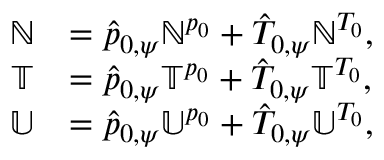
\begin{array} { r l } { \mathbb { N } } & { = \hat { p } _ { 0 , \psi } \mathbb { N } ^ { p _ { 0 } } + \hat { T } _ { 0 , \psi } \mathbb { N } ^ { T _ { 0 } } , } \\ { \mathbb { T } } & { = \hat { p } _ { 0 , \psi } \mathbb { T } ^ { p _ { 0 } } + \hat { T } _ { 0 , \psi } \mathbb { T } ^ { T _ { 0 } } , } \\ { \mathbb { U } } & { = \hat { p } _ { 0 , \psi } \mathbb { U } ^ { p _ { 0 } } + \hat { T } _ { 0 , \psi } \mathbb { U } ^ { T _ { 0 } } , } \end{array}